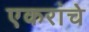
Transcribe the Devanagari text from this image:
एकरांचे